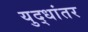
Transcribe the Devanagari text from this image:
युद्धांतर